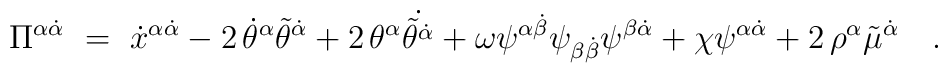
\Pi^{\alpha\dot\alpha}\ =\ \dot x^{\alpha\dot\alpha}-2\,\dot\theta^\alpha\tilde\theta^{\dot\alpha}+2\,\theta^\alpha\dot{{\tilde\theta}^{\dot\alpha}}+\omega\psi^{\alpha\dot\beta}\psi_{\beta\dot\beta}\psi^{\beta\dot\alpha}+\chi\psi^{\alpha\dot\alpha}+2\,\rho^\alpha\tilde\mu^{\dot\alpha} \quad.